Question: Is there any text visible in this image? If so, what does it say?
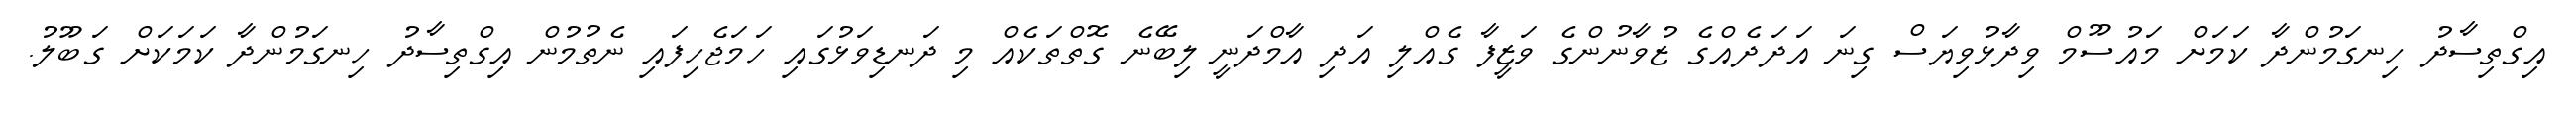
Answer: އިގްތިސާދު ހިނގަމުންދާ ކަމަށް މައުސޫމް ވިދާޅުވިޔަސް ގިނަ އަދަދެއްގެ ޒުވާނުންގެ ވަޒީފާ ގެއްލި އަދި އާމްދަނީ ލިބޭނެ ގޮތްތަކެއް މި ދަނޑިވަޅުގައި ހަމަޖެހިފައި ނެތުމުން އިގްތިސާދު ހިނގަމުންދާ ކަމަކަށް ގަބޫލު.